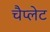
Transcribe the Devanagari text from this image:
चैप्लेट